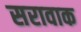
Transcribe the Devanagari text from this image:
सरावाक